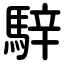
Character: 騂